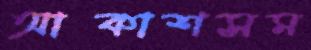
আকাশসম